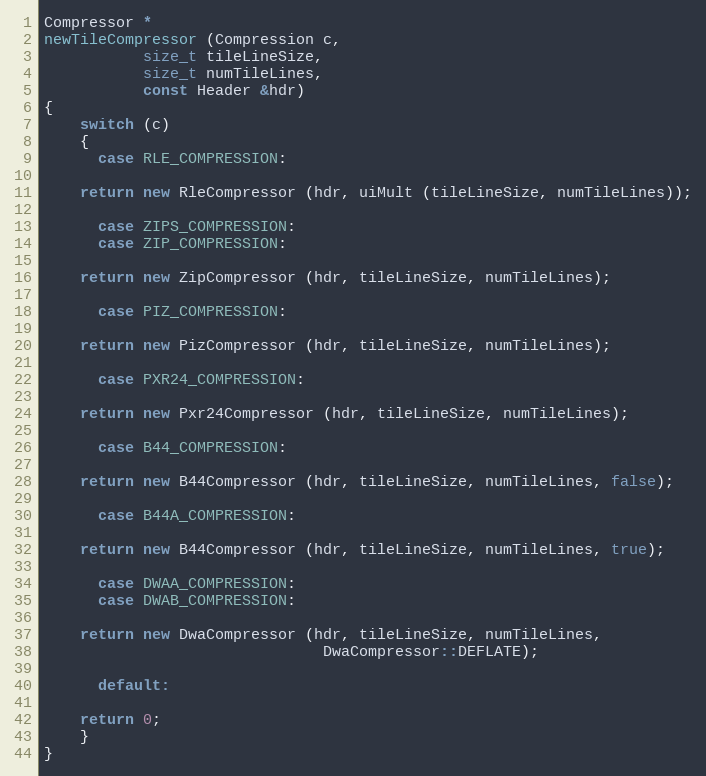
Language: C++
Compressor *
newTileCompressor (Compression c,
		   size_t tileLineSize,
		   size_t numTileLines,
		   const Header &hdr)
{
    switch (c)
    {
      case RLE_COMPRESSION:

	return new RleCompressor (hdr, uiMult (tileLineSize, numTileLines));

      case ZIPS_COMPRESSION:
      case ZIP_COMPRESSION:

	return new ZipCompressor (hdr, tileLineSize, numTileLines);

      case PIZ_COMPRESSION:

	return new PizCompressor (hdr, tileLineSize, numTileLines);

      case PXR24_COMPRESSION:

	return new Pxr24Compressor (hdr, tileLineSize, numTileLines);

      case B44_COMPRESSION:

	return new B44Compressor (hdr, tileLineSize, numTileLines, false);

      case B44A_COMPRESSION:

	return new B44Compressor (hdr, tileLineSize, numTileLines, true);

      case DWAA_COMPRESSION:
      case DWAB_COMPRESSION:

	return new DwaCompressor (hdr, tileLineSize, numTileLines,
                               DwaCompressor::DEFLATE);

      default:

	return 0;
    }
}